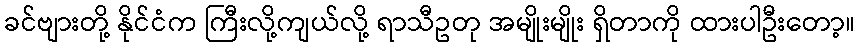
ခင်ဗျားတို့ နိုင်ငံက ကြီးလို့ကျယ်လို့ ရာသီဥတု အမျိုးမျိုး ရှိတာကို ထားပါဦးတော့။